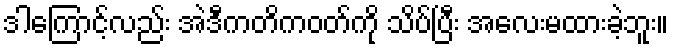
ဒါကြောင့်လည်း အဲဒီကတိကဝတ်ကို သိပ်ပြီး အလေးမထားခဲ့ဘူး။